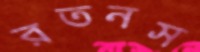
রতনস